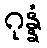
ဂုန္နံ